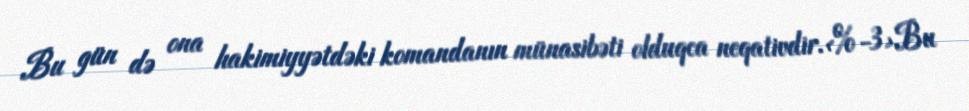
Bu gün də ona hakimiyyətdəki komandanın münasibəti olduqca neqativdir.<%-3>Bu